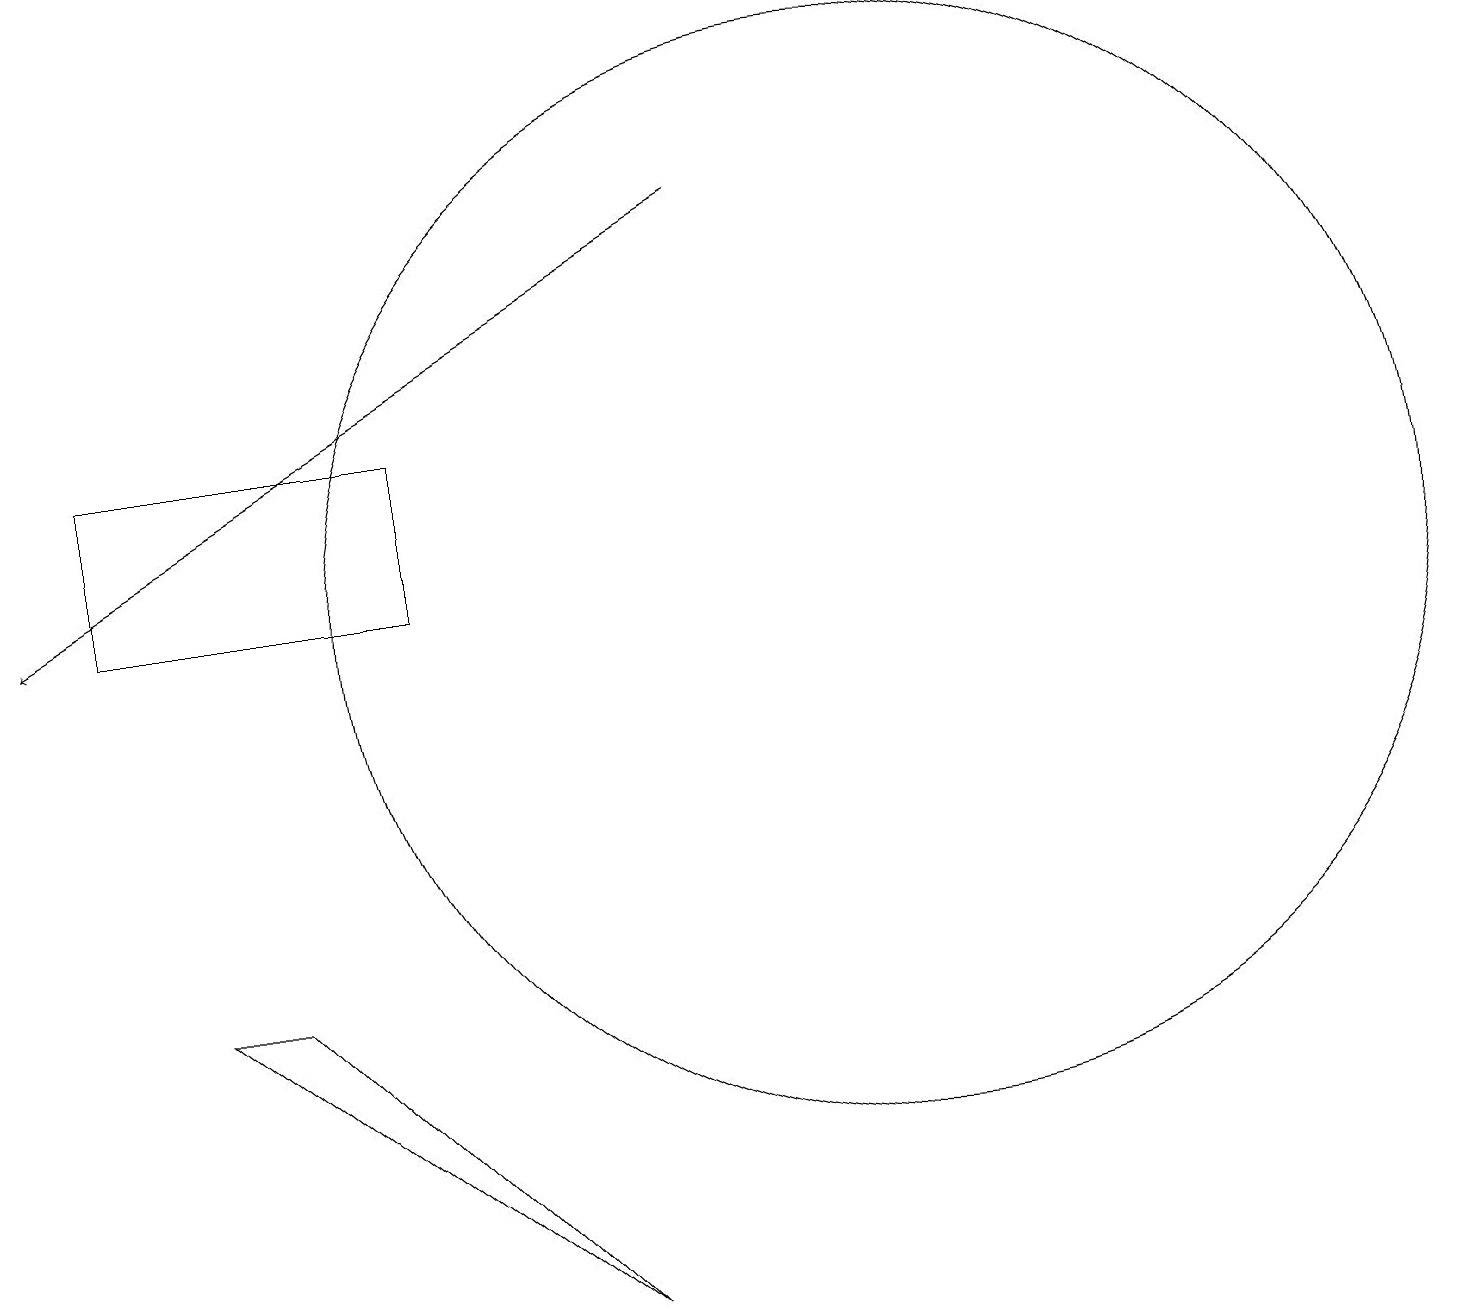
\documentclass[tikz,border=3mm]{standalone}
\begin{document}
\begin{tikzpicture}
\draw[->] (9,17) -- (0,12);
\draw (11,12) circle (7);
\draw (1,12) rectangle (5,14);
\draw (3,7) -- (7,3) -- (2,7) -- cycle;
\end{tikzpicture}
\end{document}